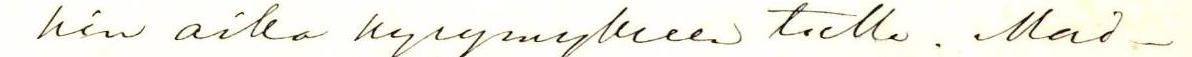
kin aika kysymykseen tulla. Mai-